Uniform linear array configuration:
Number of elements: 4
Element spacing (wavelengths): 0.25
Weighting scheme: exponential
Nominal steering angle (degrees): -30
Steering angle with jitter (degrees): -30.201
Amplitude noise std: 0.05
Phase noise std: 0.05

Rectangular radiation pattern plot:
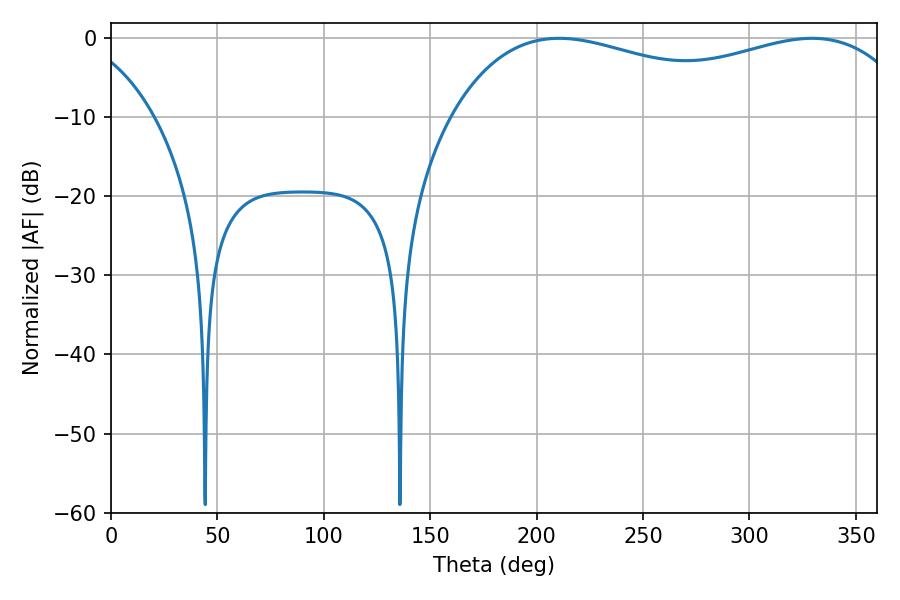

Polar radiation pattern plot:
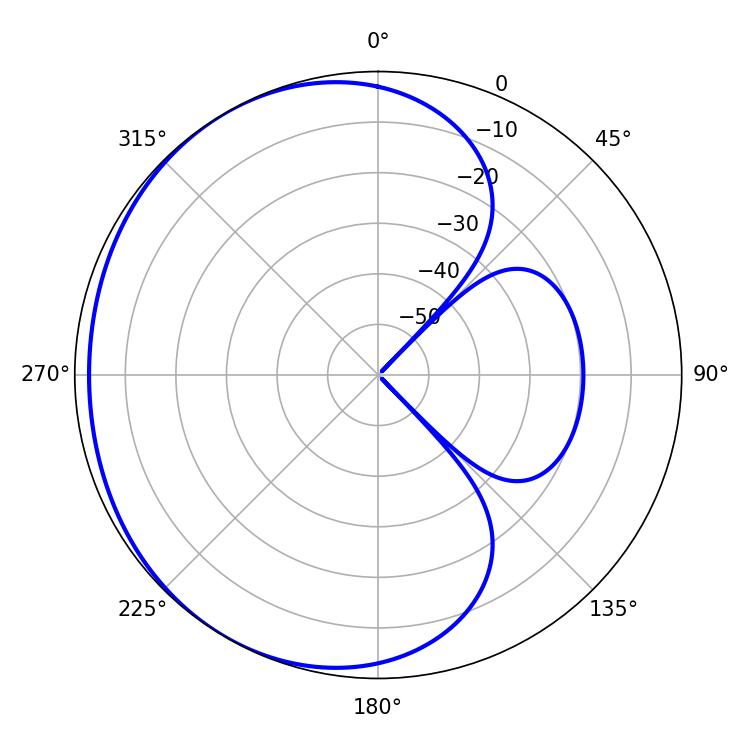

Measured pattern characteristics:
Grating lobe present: FALSE
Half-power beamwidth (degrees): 180
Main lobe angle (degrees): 210.6